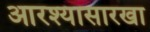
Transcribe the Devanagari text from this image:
आरश्यासारखा